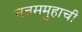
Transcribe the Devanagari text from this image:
वत्तसमुहाची